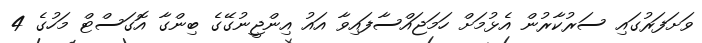
ވަށަފަރުގައި ސަރުކާރުން އެޅުމަށް ހަމަޖައްސާފައިވާ އައު އިންޖީނުގޭގެ ބިންގާ އޮގަސްޓް މަހުގެ 4